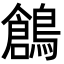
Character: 鶬